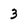
Character: 3